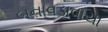
બનાવડાવાયા